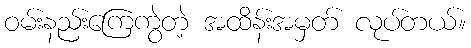
ဝမ်းနည်းကြေကွဲတဲ့ အထိန်းအမှတ် လုပ်တယ်။